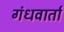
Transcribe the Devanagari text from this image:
गंधवार्ता